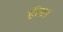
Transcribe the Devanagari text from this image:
हीडा